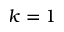
k = 1